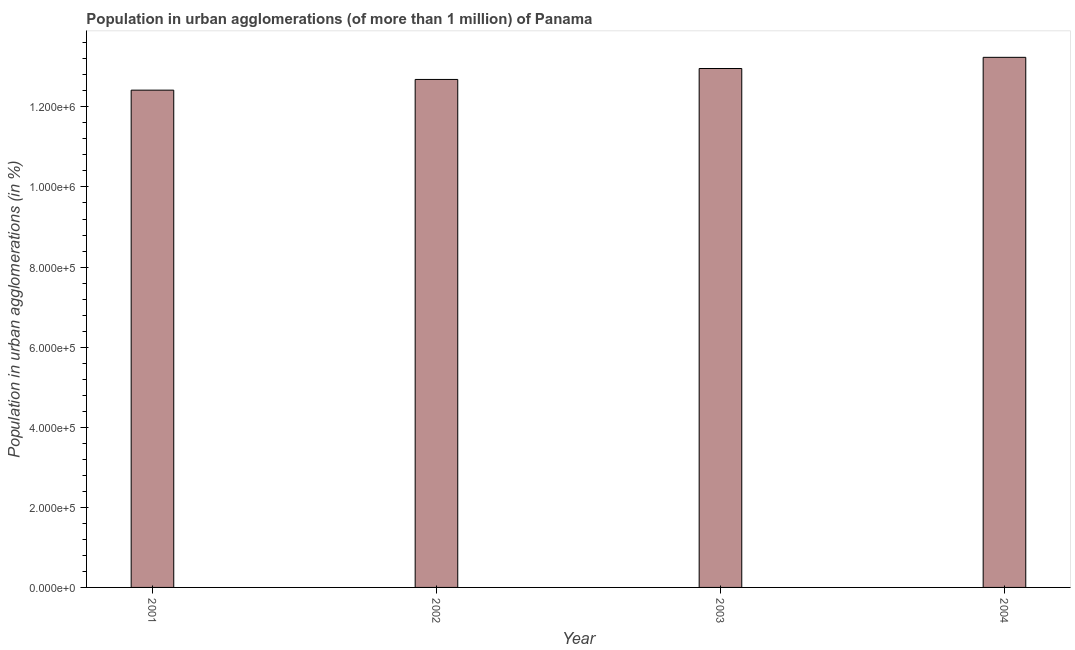
| Year | Population in urban agglomerations |
 | --- | --- |
 | 2001 | 1.24e+06 |
 | 2002 | 1.27e+06 |
 | 2003 | 1.3e+06 |
 | 2004 | 1.32e+06 |